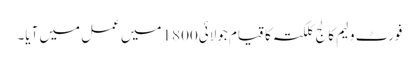
فورٹ ولیم کالج کلکتہ کا قیام جولائی1800 میں عمل میں آیا۔